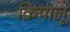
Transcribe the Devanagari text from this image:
क्रिपालू